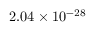
2 . 0 4 \times 1 0 ^ { - 2 8 }